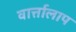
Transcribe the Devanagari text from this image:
वार्त्तालाप